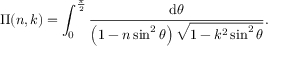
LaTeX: \Pi ( n , k ) = \int _ { 0 } ^ { \frac { \pi } { 2 } } { \frac { \mathrm { d } \theta } { \left( 1 - n \sin ^ { 2 } \theta \right) { \sqrt { 1 - k ^ { 2 } \sin ^ { 2 } \theta } } } } .